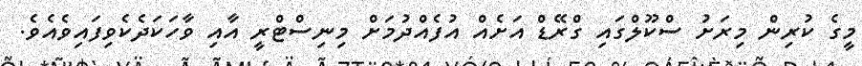
މީގެ ކުރިން މިރަށު ސްކޫލްގައި ގްރޭޑް އަށެއް އުފެއްދުމަށް މިނިސްޓްރީ އާއި ވާހަކަދެކެވިފައިވެއެވެ.